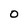
Character: O